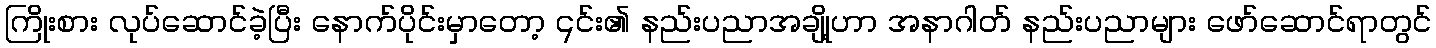
ကြိုးစား လုပ်ဆောင်ခဲ့ပြီး နောက်ပိုင်းမှာတော့ ၎င်း၏ နည်းပညာအချို့ဟာ အနာဂါတ် နည်းပညာများ ဖော်ဆောင်ရာတွင်